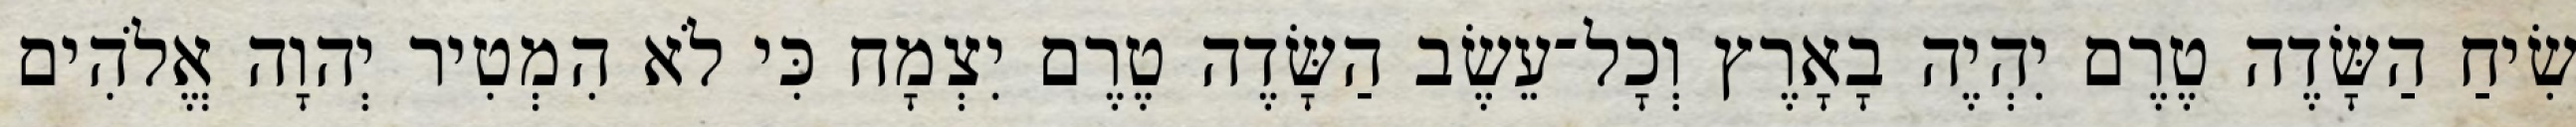
שִׂיחַ הַשָּׂדֶה טֶרֶם יִהְיֶה בָאָרֶץ וְכָל־עֵשֶׂב הַשָּׂדֶה טֶרֶם יִצְמָח כִּי לֹא הִמְטִיר יְהוָה אֱלֹהִים